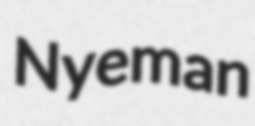
Nyeman